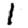
Digit: 1